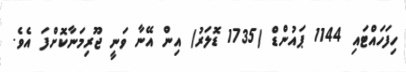
ހިފަހައްޓައި 1144 ޕައުންޑް (1735 ޑޮލަރު) އިން އޭނާ ވަނީ ޖޫރިމަނާކޮށްފަ އެވެ.